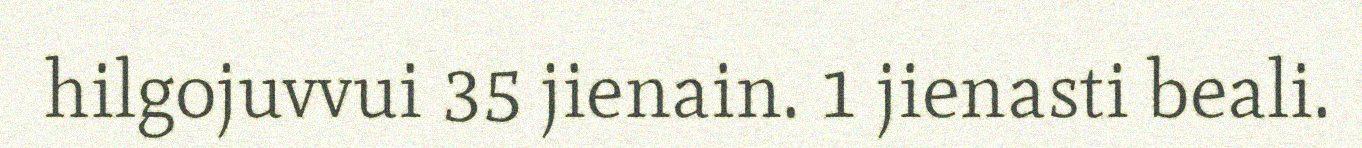
hilgojuvvui 35 jienain. 1 jienasti beali.